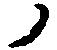
ノ